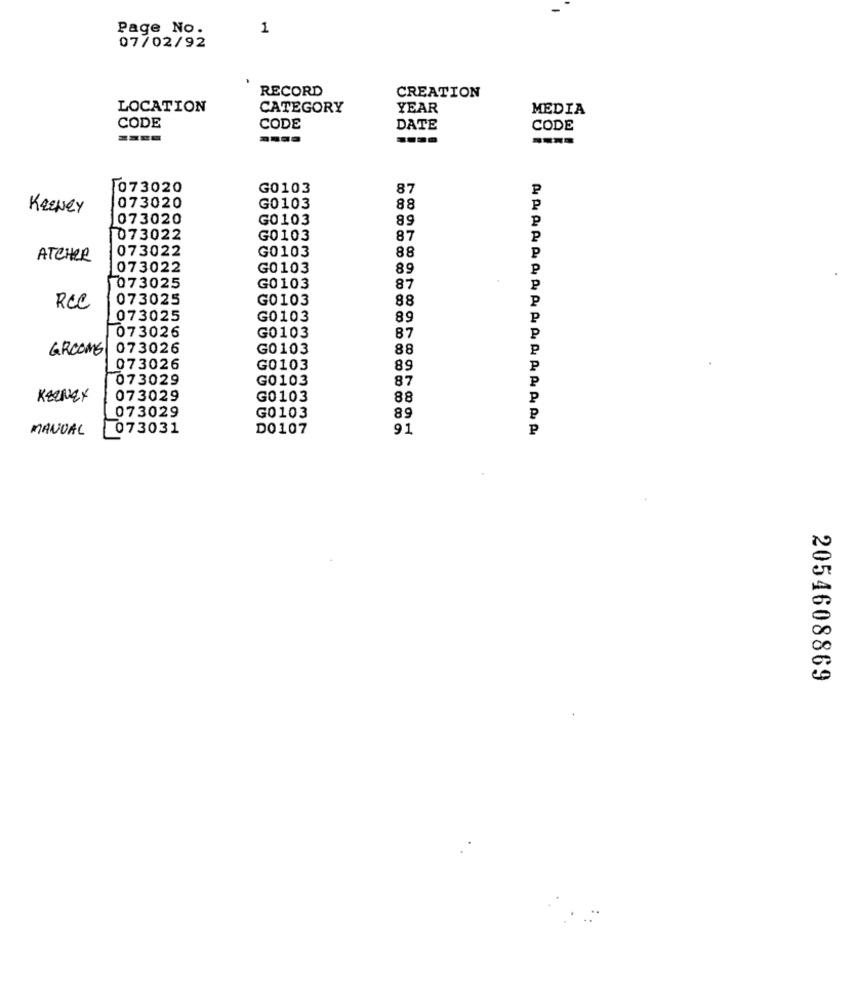
Page No.
1
07/02/92
RECORD
CREATION
LOCATION
CATEGORY
YEAR
MEDIA
CODE
CODE
DATE
CODE
073020
G0103
87
KEENEY
073020
G0103
88
073020
G0103
89
073022
G0103
87
073022
G0103
88
ATCHER
073022
G0103
89
073025
G0103
87
88
073025
G0103
REC
073025
G0103
89
87
073026
G0103
GROOMS 073026
G0103
88
073026
G0103
89
073029
G0103
87
KEENEY
073029
G0103
88
073029
G0103
89
MANUAL
073031
DO107
91
2054608869